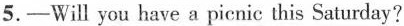
5.—Will you have a picnic this Saturday?